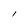
Character: l